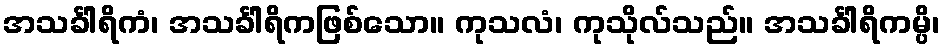
အသင်္ခါရိကံ၊ အသင်္ခါရိကဖြစ်သော။ ကုသလံ၊ ကုသိုလ်သည်။ အသင်္ခါရိကမ္ပိ၊